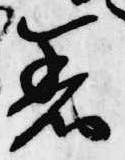
着